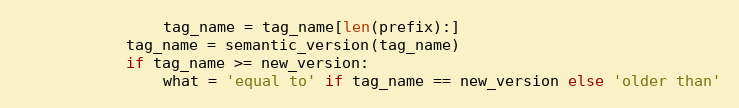
Language: Python
                tag_name = tag_name[len(prefix):]
            tag_name = semantic_version(tag_name)
            if tag_name >= new_version:
                what = 'equal to' if tag_name == new_version else 'older than'